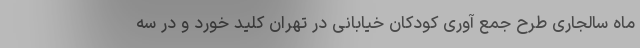
ماه سالجاری طرح جمع آوری کودکان خیابانی در تهران کلید خورد و در سه